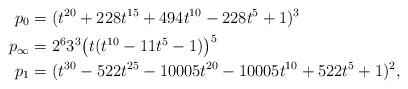
LaTeX: \begin{align*} p_0 & = (t^{20} + 228 t^{15} + 494 t^{10} - 228 t^5 + 1)^3 \\ p_{\infty} & = 2^6 3^3 \bigl( t(t^{10} - 11 t^5 - 1) \bigr)^5 \\ p_1 & = (t^{30} - 522 t^{25} - 10005 t^{20} - 10005 t^{10} + 522 t^5 + 1)^2 , \end{align*}